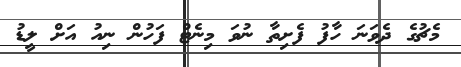
މެޗުގެ ދެވަނަ ހާފު ފެށިތާ ނުވަ މިނެޓް ފަހުން ނިއު އަށް ލީޑު